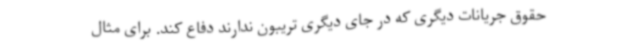
حقوق جریانات دیگری که در جای دیگری تریبون ندارند دفاع کند. برای مثال